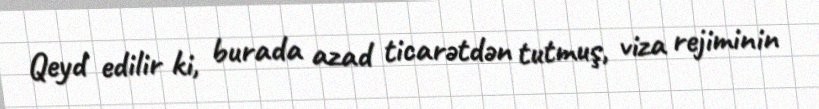
Qeyd edilir ki, burada azad ticarətdən tutmuş, viza rejiminin